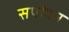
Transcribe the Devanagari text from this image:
सपांदन